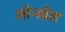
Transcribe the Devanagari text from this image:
लोन्स्डेल